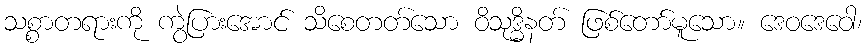
သစ္စာတရားကို ကွဲပြားအောင် သိစေတတ်သော ဝိသုဒ္ဓိနတ် ဖြစ်တော်မူသော။ ဒေဝဒေဝေါ၊